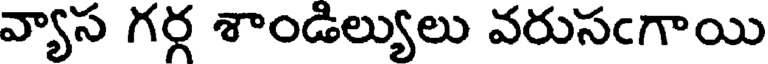
వ్యాస గర్గ శాండిల్యులు వరుసఁగాయి